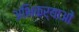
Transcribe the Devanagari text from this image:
अभिक्र्याओं